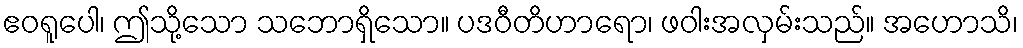
ဧဝရူပေါ၊ ဤသို့သော သဘောရှိသော။ ပဒဝီတိဟာရော၊ ဖဝါးအလှမ်းသည်။ အဟောသိ၊